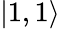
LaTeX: |1,1\rangle